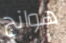
هوانج